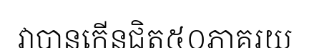
វាបានកើនជិត៥០ភាគរយ